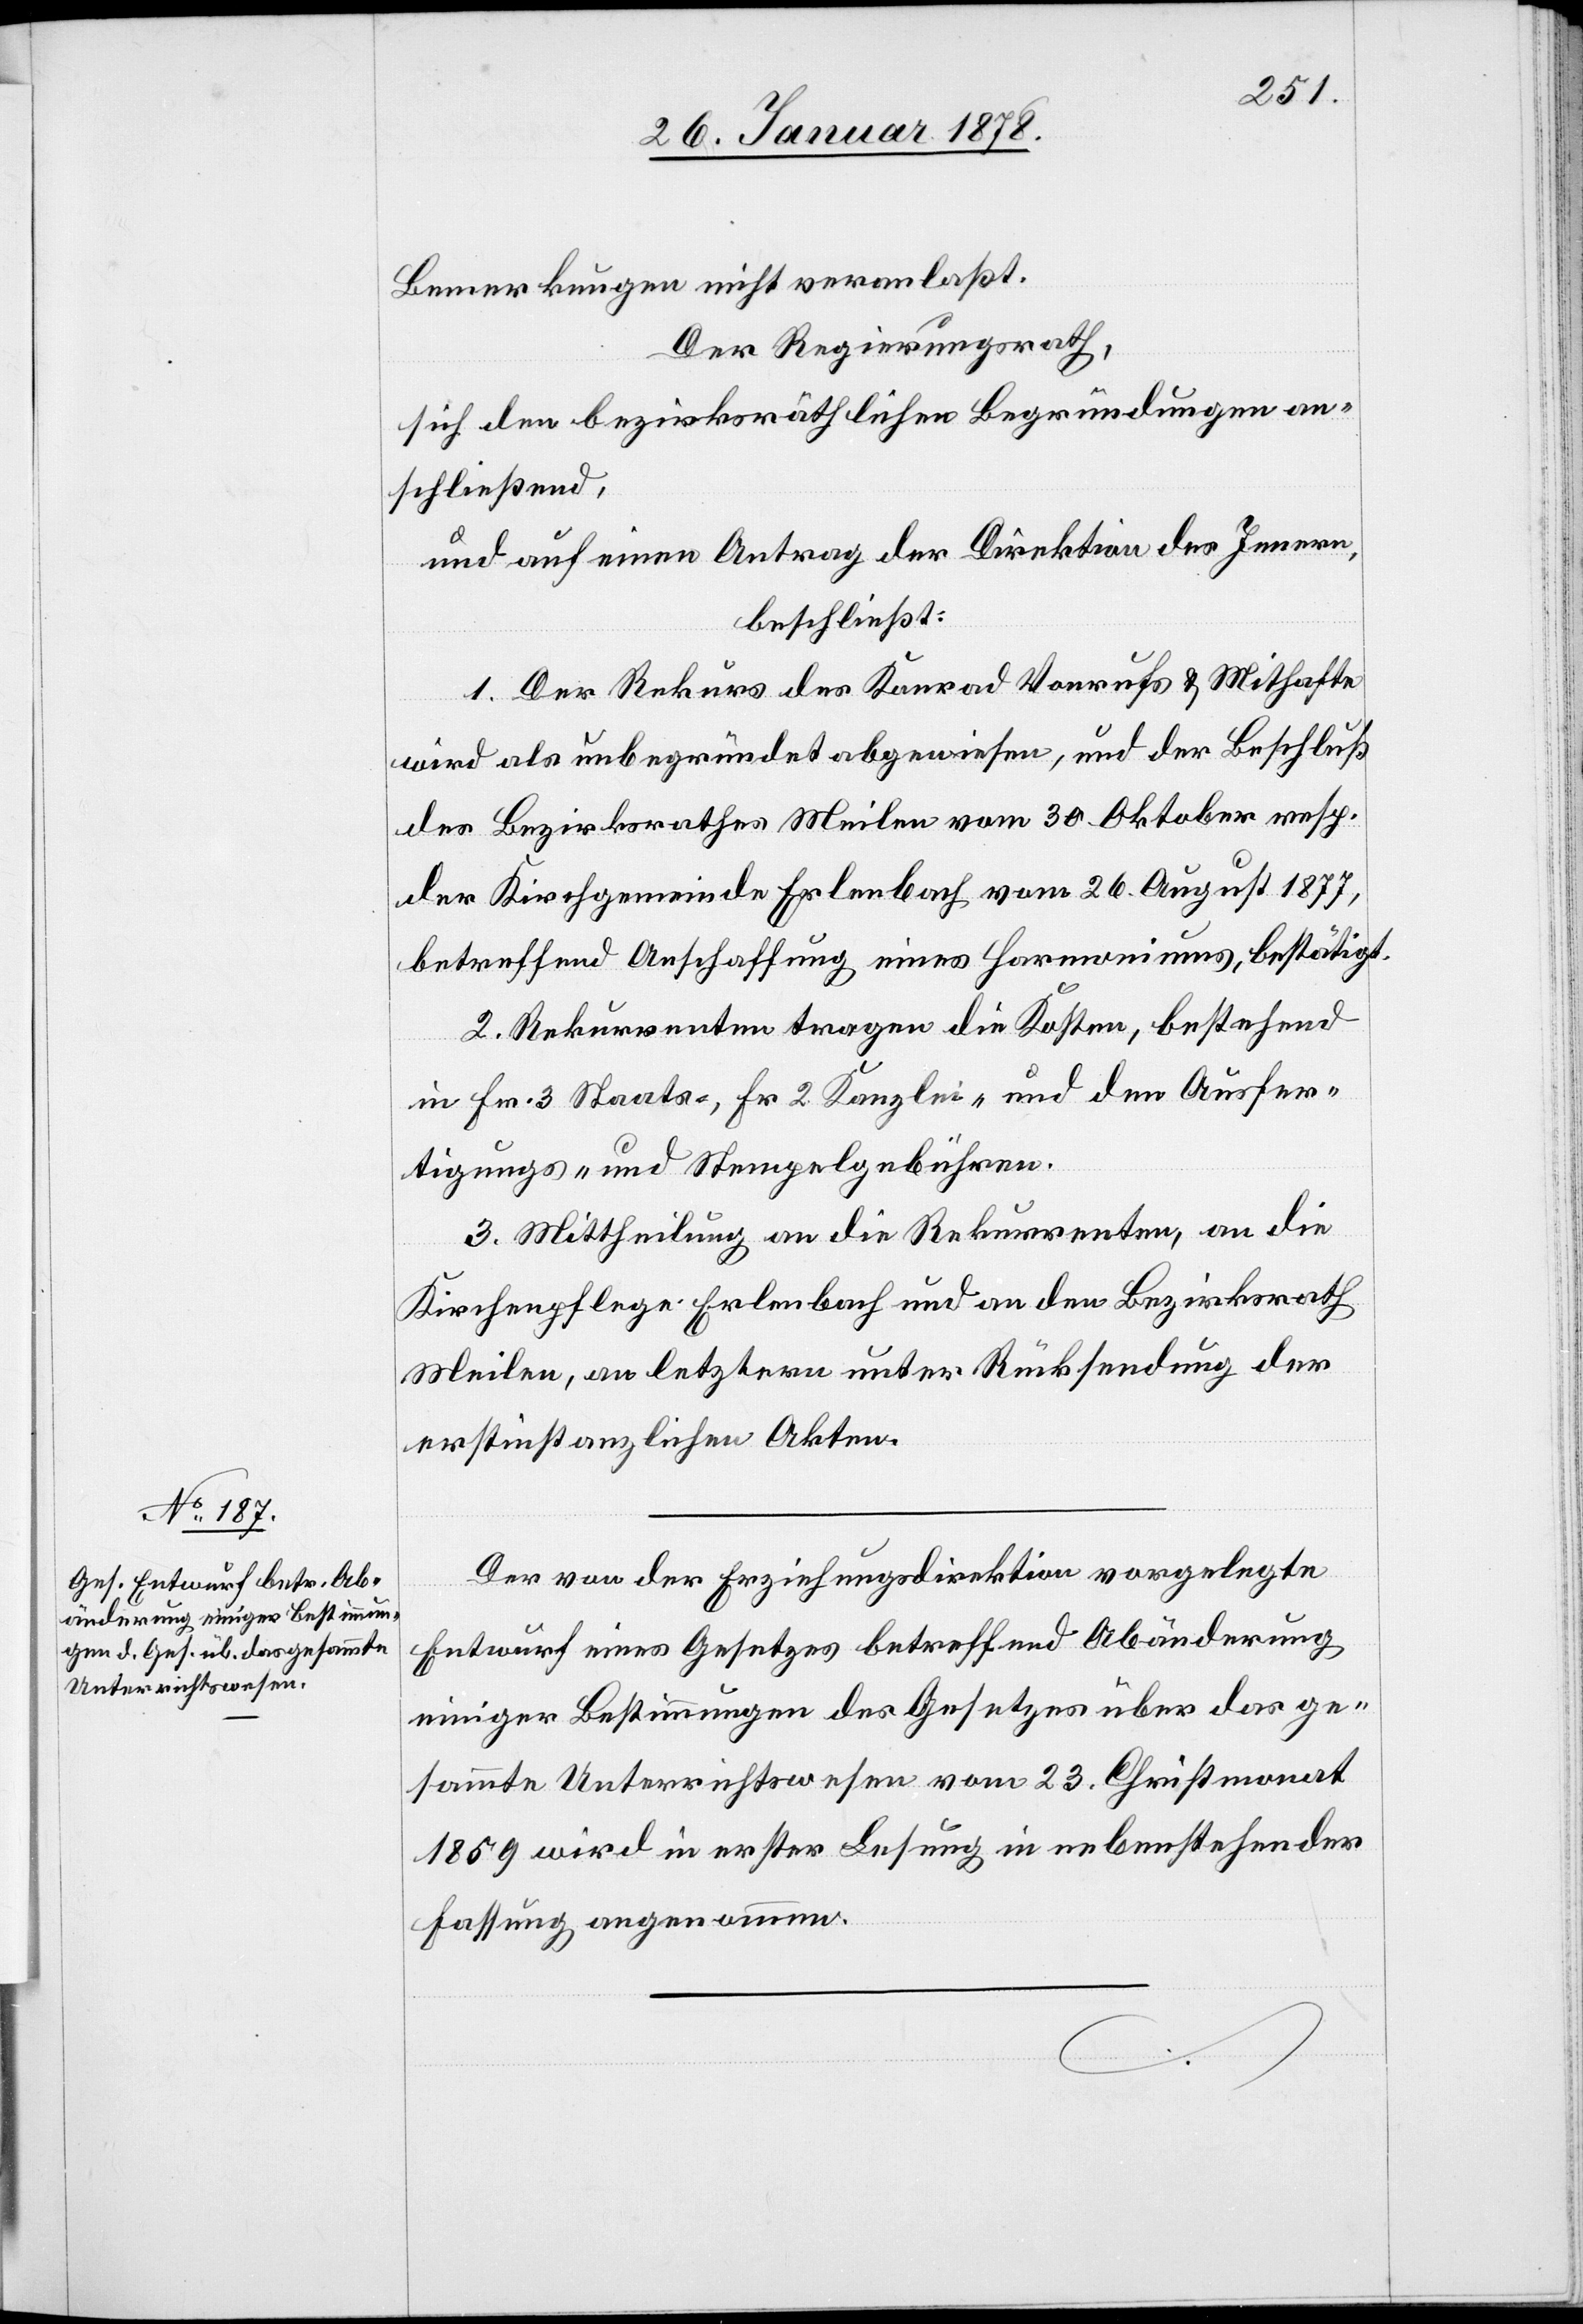
Bemerkungen nicht veranlaßt.
Der Regierungsrath,
sich den bezirksräthlichen Begründungen an¬
schließend,
und auf einen Antrag der Direktion des Innern,
beschließt:
1. Der Rekurs des Konrad Vonrufs & Mithafte
wird als unbegründet abgewiesen, und der Beschluß
des Bezirksrathes Meilen vom 30. Oktober resp.
der Kirchgemeinde Erlenbach vom 26. August 1877,
betreffend Anschaffung eines Harmoniums, bestätigt.
2. Rekurrenten tragen die Kosten, bestehend
in Fr. 3 Staats-, Fr. 2 Kanzlei- und den Ausfer¬
tigungs- und Stempelgebühren.
3. Mittheilung an die Rekurrenten, an die
Kirchenpflege Erlenbach und an den Bezirksrath
Meilen, an letztere unter Rücksendung der
erstinstanzlichen Akten.
Der von der Erziehungsdirektion vorgelegte
Entwurf eines Gesetzes betreffend Abänderung
einiger Bestimmungen des Gesetzes über das ge¬
sammte Unterrichtswesen vom 23. Christmonat
1859 wird in erster Lesung in nebenstehender
Fassung angenommen.